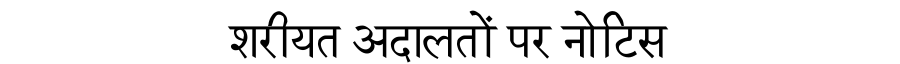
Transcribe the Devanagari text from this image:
शरीयत अदालतों पर नोटिस